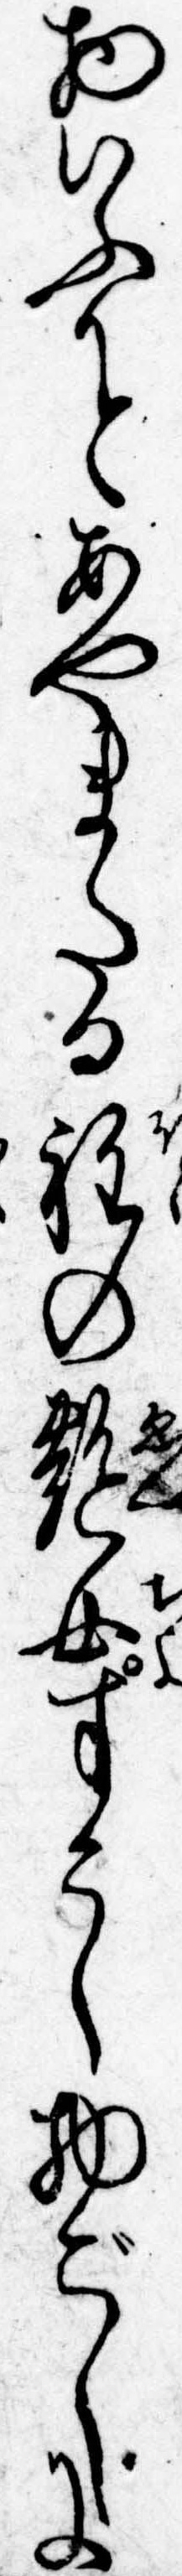
物いふかとあやまたる程の艶女すこし物ごしに